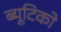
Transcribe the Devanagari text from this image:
ब्यूटिको